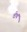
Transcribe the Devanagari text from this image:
वीथं